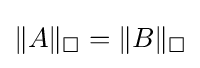
\|A\|_{\square }=\|B\|_{\square }